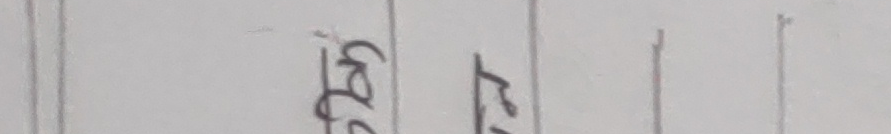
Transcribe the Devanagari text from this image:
३४